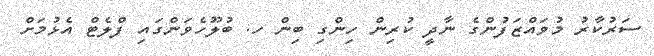
ސަރުކާރު މުވައްޒަފުންގެ ނާދީ ކުރިން ހިންގި ބިން ހ. ބުލޫހެވަންގައި ފްލެޓް އެޅުމަށް